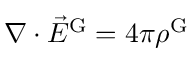
\nabla \cdot { \vec { E } } ^ { \mathrm { G } } = 4 \pi \rho ^ { \mathrm { G } }